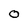
Character: 0